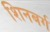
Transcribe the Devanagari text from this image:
शिनबर्ग